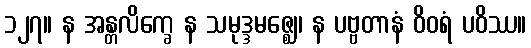
၁၂၇။ န အန္တလိက္ခေ န သမုဒ္ဒမဇ္ဈေ၊ န ပဗ္ဗတာနံ ဝိဝရံ ပဝိဿ။